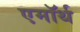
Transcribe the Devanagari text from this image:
एमॉर्थ